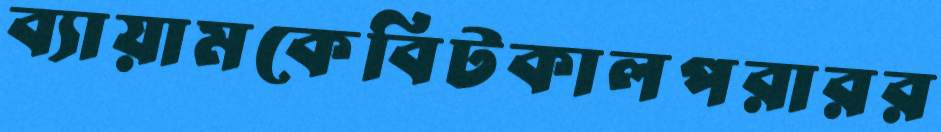
ব্যায়ামকেবিটকালপরারর